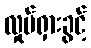
လှုပ်ရှားခွင့်